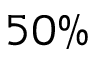
5 0 \%